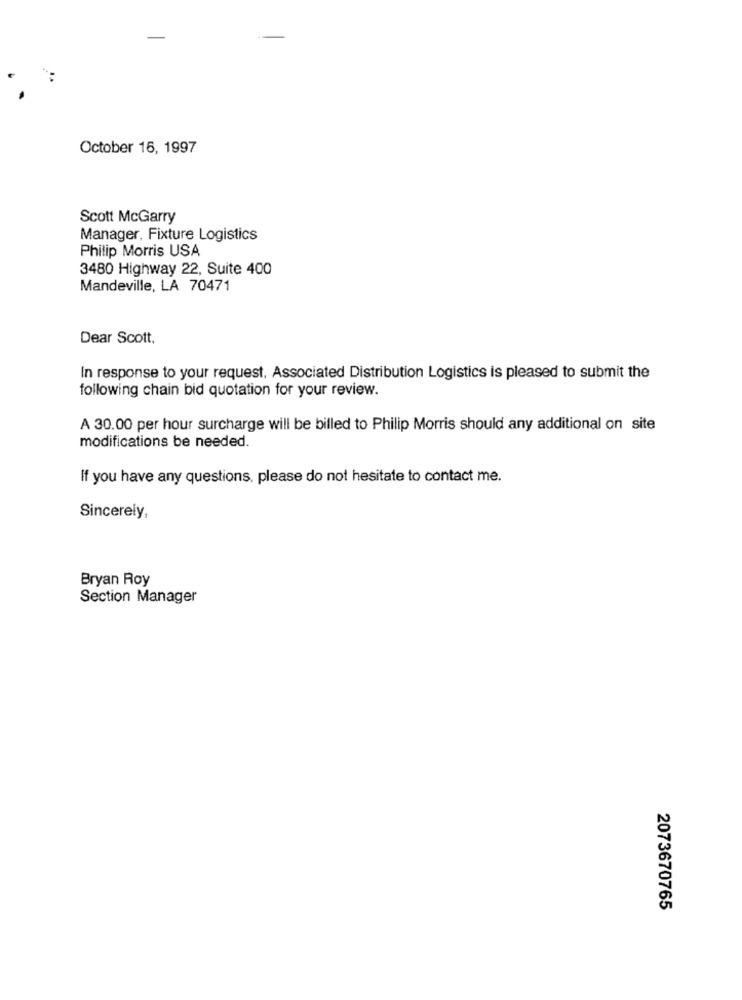
October 16, 1997
Scott McGarry
Manager, Fixture Logistics
Philip Morris USA
3480 Highway 22, Suite 400
Mandeville, LA 70471
Dear Scott.
In response to your request, Associated Distribution Logistics is pleased to submit the
following chain bid quotation for your review.
A 30.00 per hour surcharge will be billed to Philip Morris should any additional on site
modifications be needed.
If you have any questions, please do not hesitate to contact me.
Sincerely,
Bryan Roy
Section Manager
2073670765